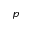
p